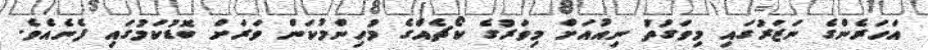
އަހަރެންގެ ނަޒަރުގައި މިވަގުތު ނިއުއަށް މިވަރުގެ ކޯޗެއްގެ މުހިންމުކަން ވަރަށް ބޮޑުކަމުގައި ފެނެއެވެ.